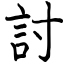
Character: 討